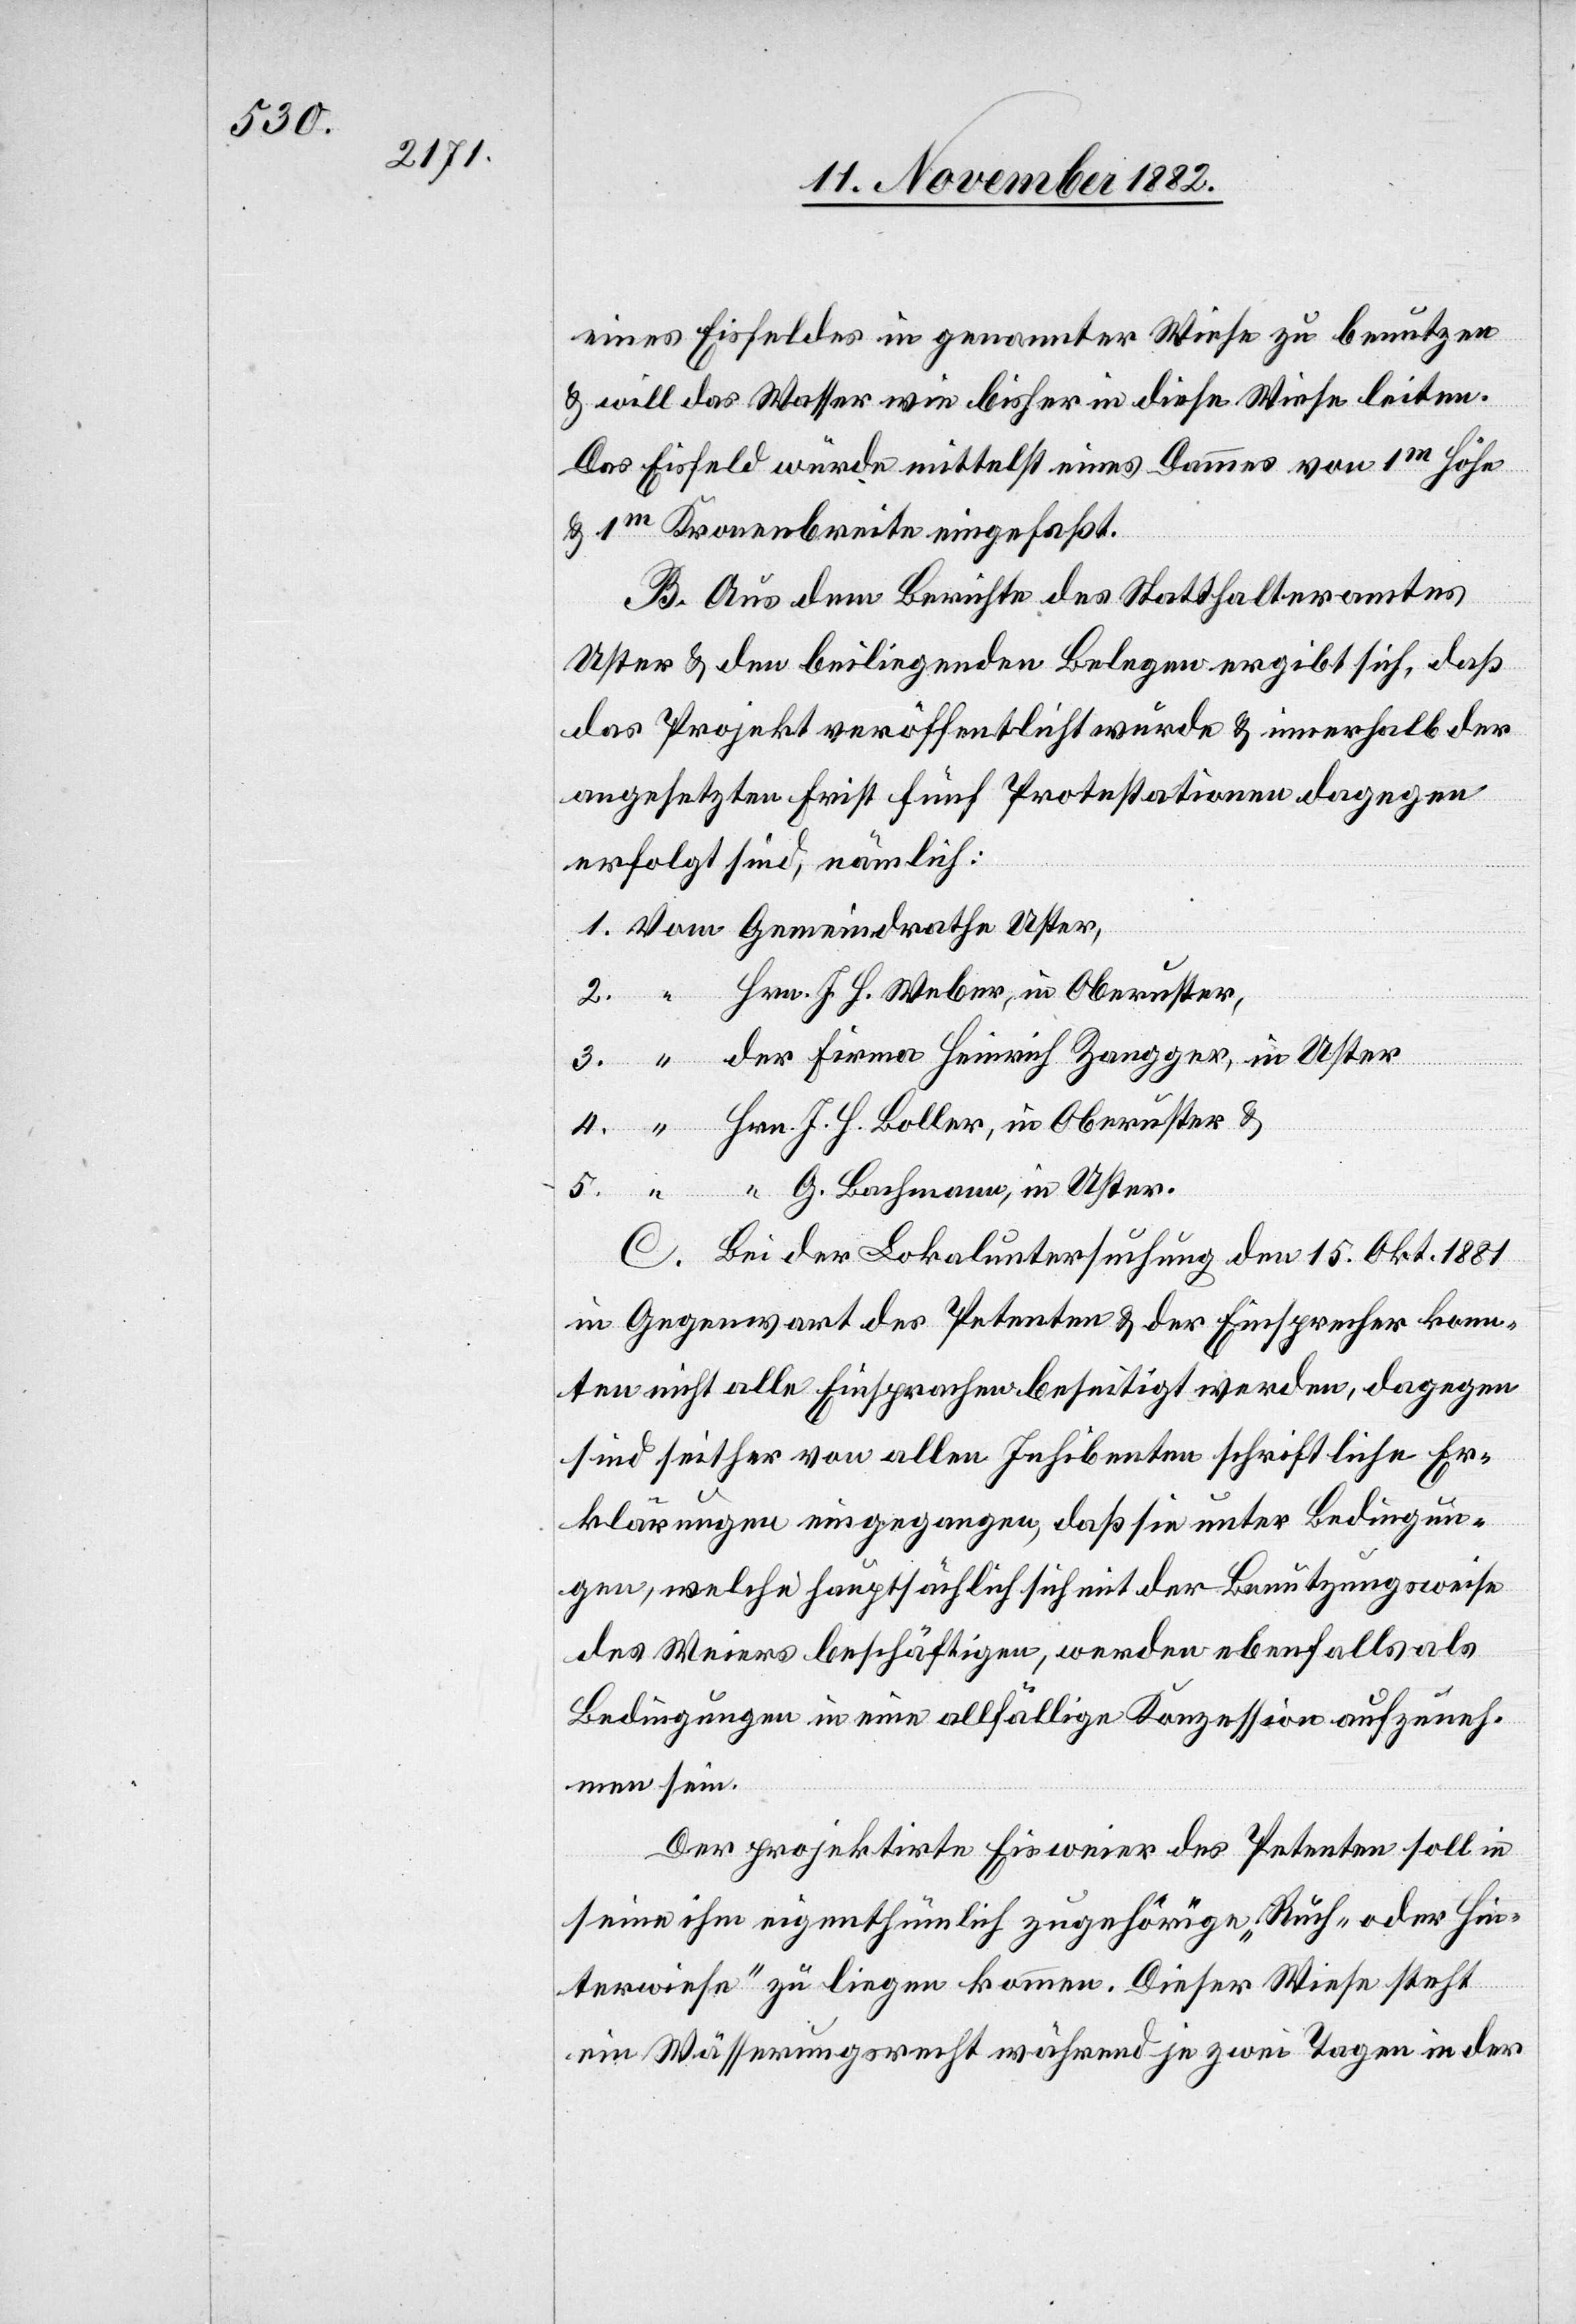
eines Eisfeldes in genannter Wiese zu benutzen
& will das Wasser wie bisher in diese Wiese leiten.
Das Eisfeld würde mittelst eines Dammes von 1m Höhe
& 1m Kronenbreite eingefaßt.
B. Aus dem Berichte des Statthalteramt
Uster & den beiliegenden Belegen ergibt sich, daß
das Projekt veröffentlicht würde & innerhalb der
angesetzten Frist fünf Protestationen dagegen
erfolgt sind, nämlich:
Hrn. J. H. Weber, in Oberuster,
der Firma Heinrich Zangger, in Uster
Hrn. J. H. Boller, in Oberuster &
C. Bei der Lokaluntersuchung den 15. Okt. 1881
in Gegenwart des Petenten & der Einsprechen konn¬
ten nicht alle Einsprachen beseitigt werden, dagegen
sind seither von allen Inhibenten schriftliche Er¬
klärungen eingegangen, daß sie unter Bedingun¬
gen, welche hauptsächlich sich mit der Benutzungsweise
des Weiers beschäftigen, werden ebenfalls als
Bedingungen in eine allfällige Konzession aufzuneh¬
men sein.
Der projektirte Eisweier des Petenten soll in
seine ihm eigenthümlich zugehörige „Ruch- oder Hin¬
terwiese“ zu liegen kommen. Dieser Wiese steht
ein Wässerungsrecht während je zwei Tagen in der